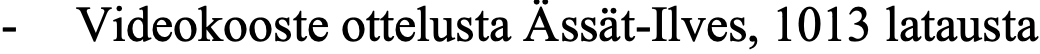
- Videokooste ottelusta Ässät-Ilves, 1013 latausta